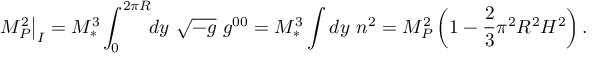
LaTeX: \left. M _ { P } ^ { 2 } \right| _ { I } = M _ { * } ^ { 3 } \int _ { 0 } ^ { 2 \pi R } \! \! d y \ \sqrt { - g } \ g ^ { 0 0 } = M _ { * } ^ { 3 } \int d y \ n ^ { 2 } = M _ { P } ^ { 2 } \left( 1 - \frac { 2 } { 3 } \pi ^ { 2 } R ^ { 2 } H ^ { 2 } \right) .